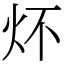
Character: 炋